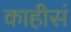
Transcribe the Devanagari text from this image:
काहीसं